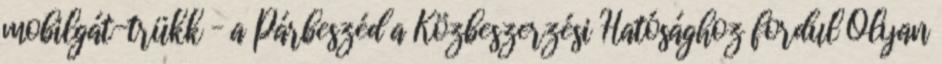
mobilgát-trükk – a Párbeszéd a Közbeszerzési Hatósághoz fordul Olyan